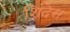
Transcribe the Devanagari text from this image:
शिंदेस